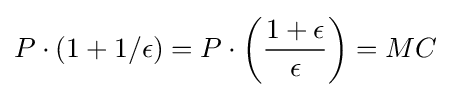
P\cdot (1+1/{\epsilon })=P\cdot \left({\frac {1+\epsilon }{\epsilon }}\right)=MC